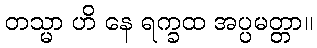
တသ္မာ ဟိ နေ ရက္ခထ အပ္ပမတ္တာ။